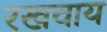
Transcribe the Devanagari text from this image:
रखवाय